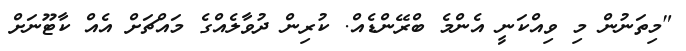
"މިތަނުން މި ވިއްކަނީ އެންމެ ބްރޭންޑެއް. ކުރިން ދުވާލެއްގެ މައްޗަށް އެއް ކާޓޫނަށް